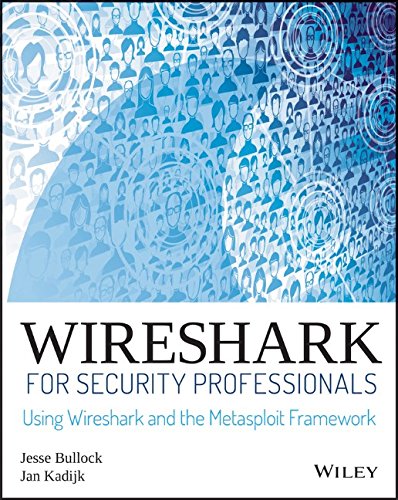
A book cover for Wireshark for Security Professionals: Using Wireshark and the Metasploit Framework; Jessey Bullock; Computers & Technology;